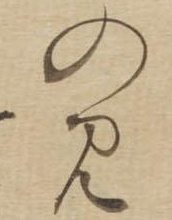
のみ